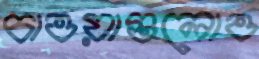
চাওয়াগুলোও